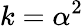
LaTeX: k=\alpha^{2}